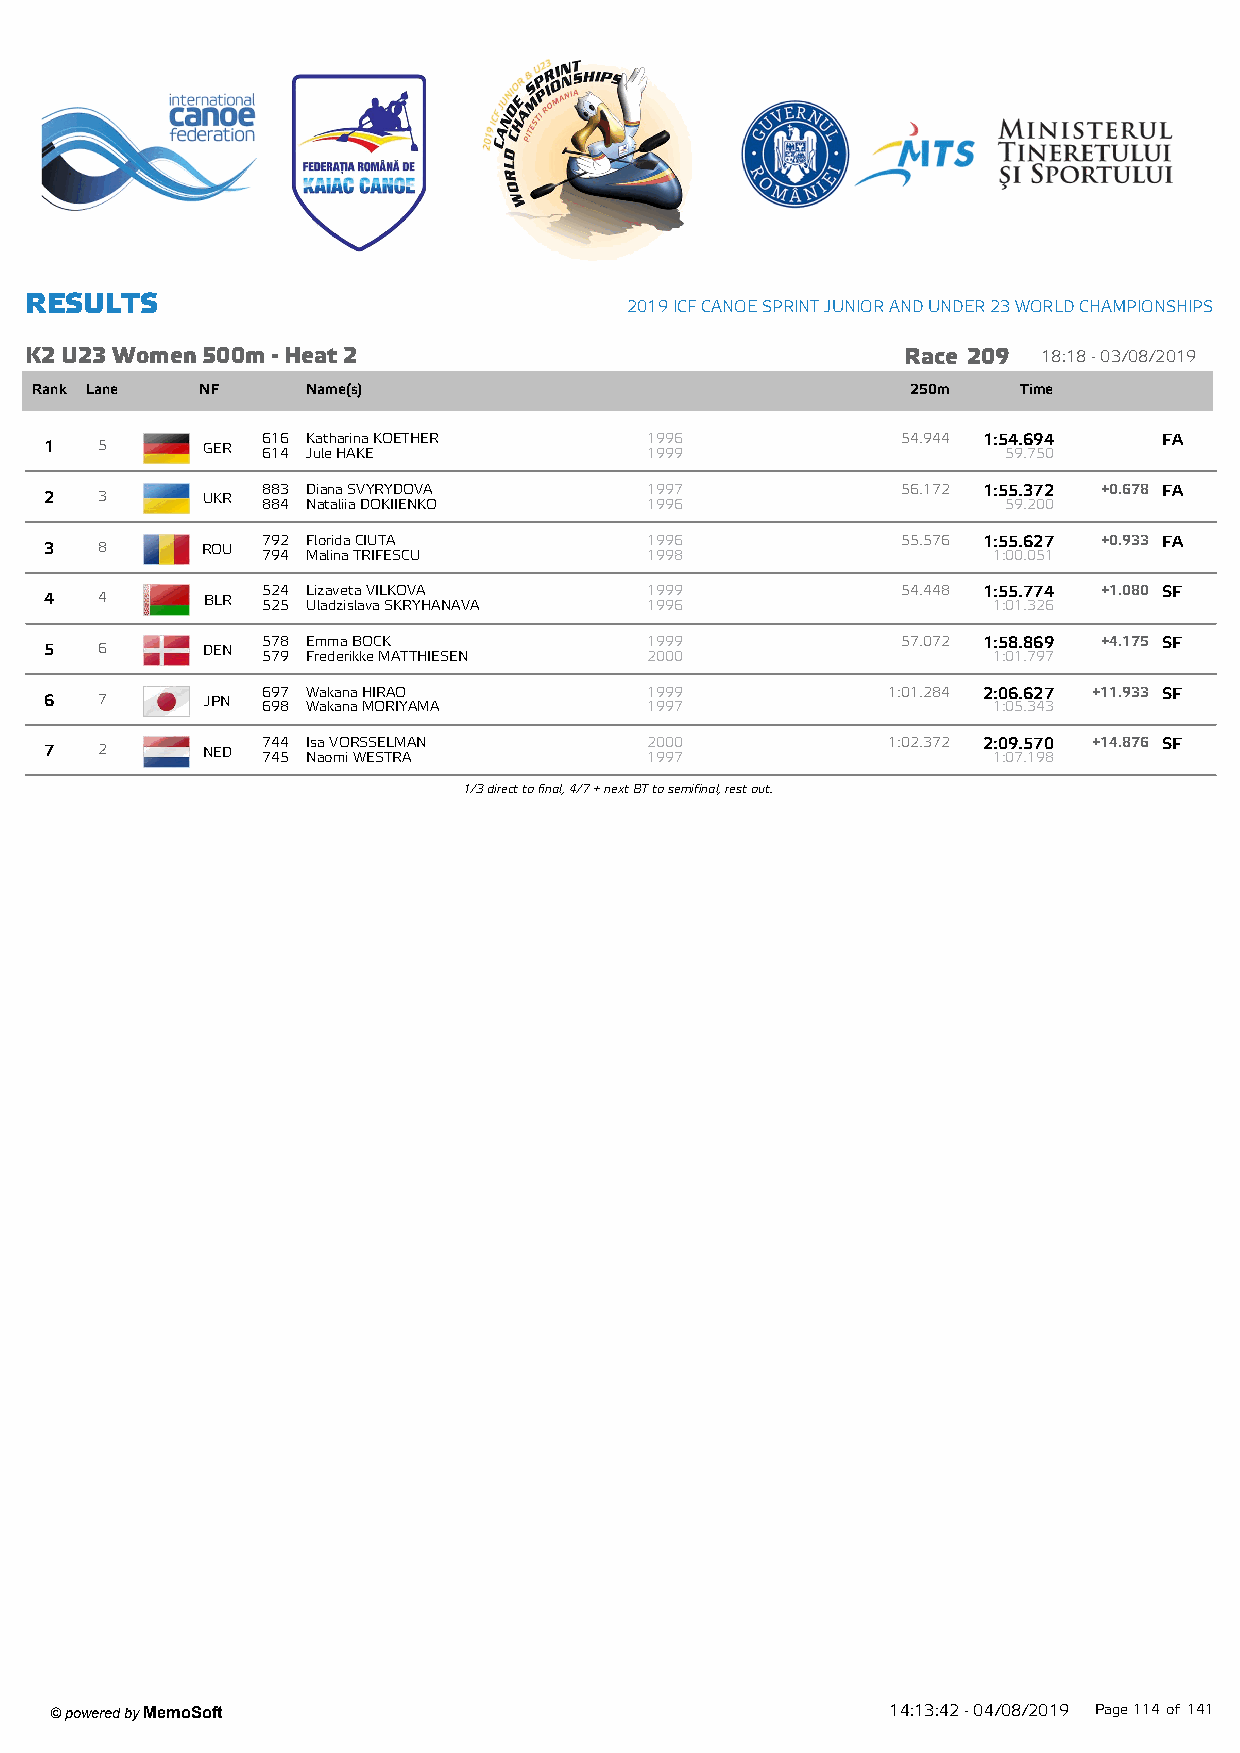
R ESU LTS
 2019 ICF CANOE SPRINT JUNIOR AND UNDER 23 W ORLD CHAMPIONSHIPS
 K2 U23 W om en 500m - Heat 2                              Race 209 18:18 - 03/08/2019
 Rank Lane  NF     Name(s)                                 250m    Time
 616 Katharina KOETHER     1996             54.944 1:54.694  FA
 1  5      GER 614 Jule HAKE             1999                    59.750
 883 Diana SVYRYDOVA       1997             56.172 1:55.372 +0.678 FA
 2  3      UKR 884 Nataliia DOKIIENKO    1996                    59.200
 792 Florida CIUTA         1996             55.576 1:55.627 +0.933 FA
 3  8      ROU 794 Malina TRIFESCU       1998                   1:00.051
 524 Lizaveta VILKOVA      1999             54.448 1:55.774 +1.080 SF
 4  4      BLR 525 Uladzislava SKRYHANAVA 1996                  1:01.326
 578 Emma BOCK             1999             57.072 1:58.869 +4.175 SF
 5  6      DEN 579 Frederikke MATTHIESEN 2000                   1:01.797
 697 Wakana HIRAO          1999            1:01.284 2:06.627 +11.933 SF
 6  7       JPN 698 Wakana MORIYAMA      1997                   1:05.343
 744 Isa VORSSELMAN        2000            1:02.372 2:09.570 +14.876 SF
 7  2      NED 745 Naomi WESTRA          1997                   1:07.198
 1/3 direct to final, 4/7 + next BT to semifinal, rest out.
 ' powered by MemoSoft
 14:13:42 - 04/08/2019 Page114 of141